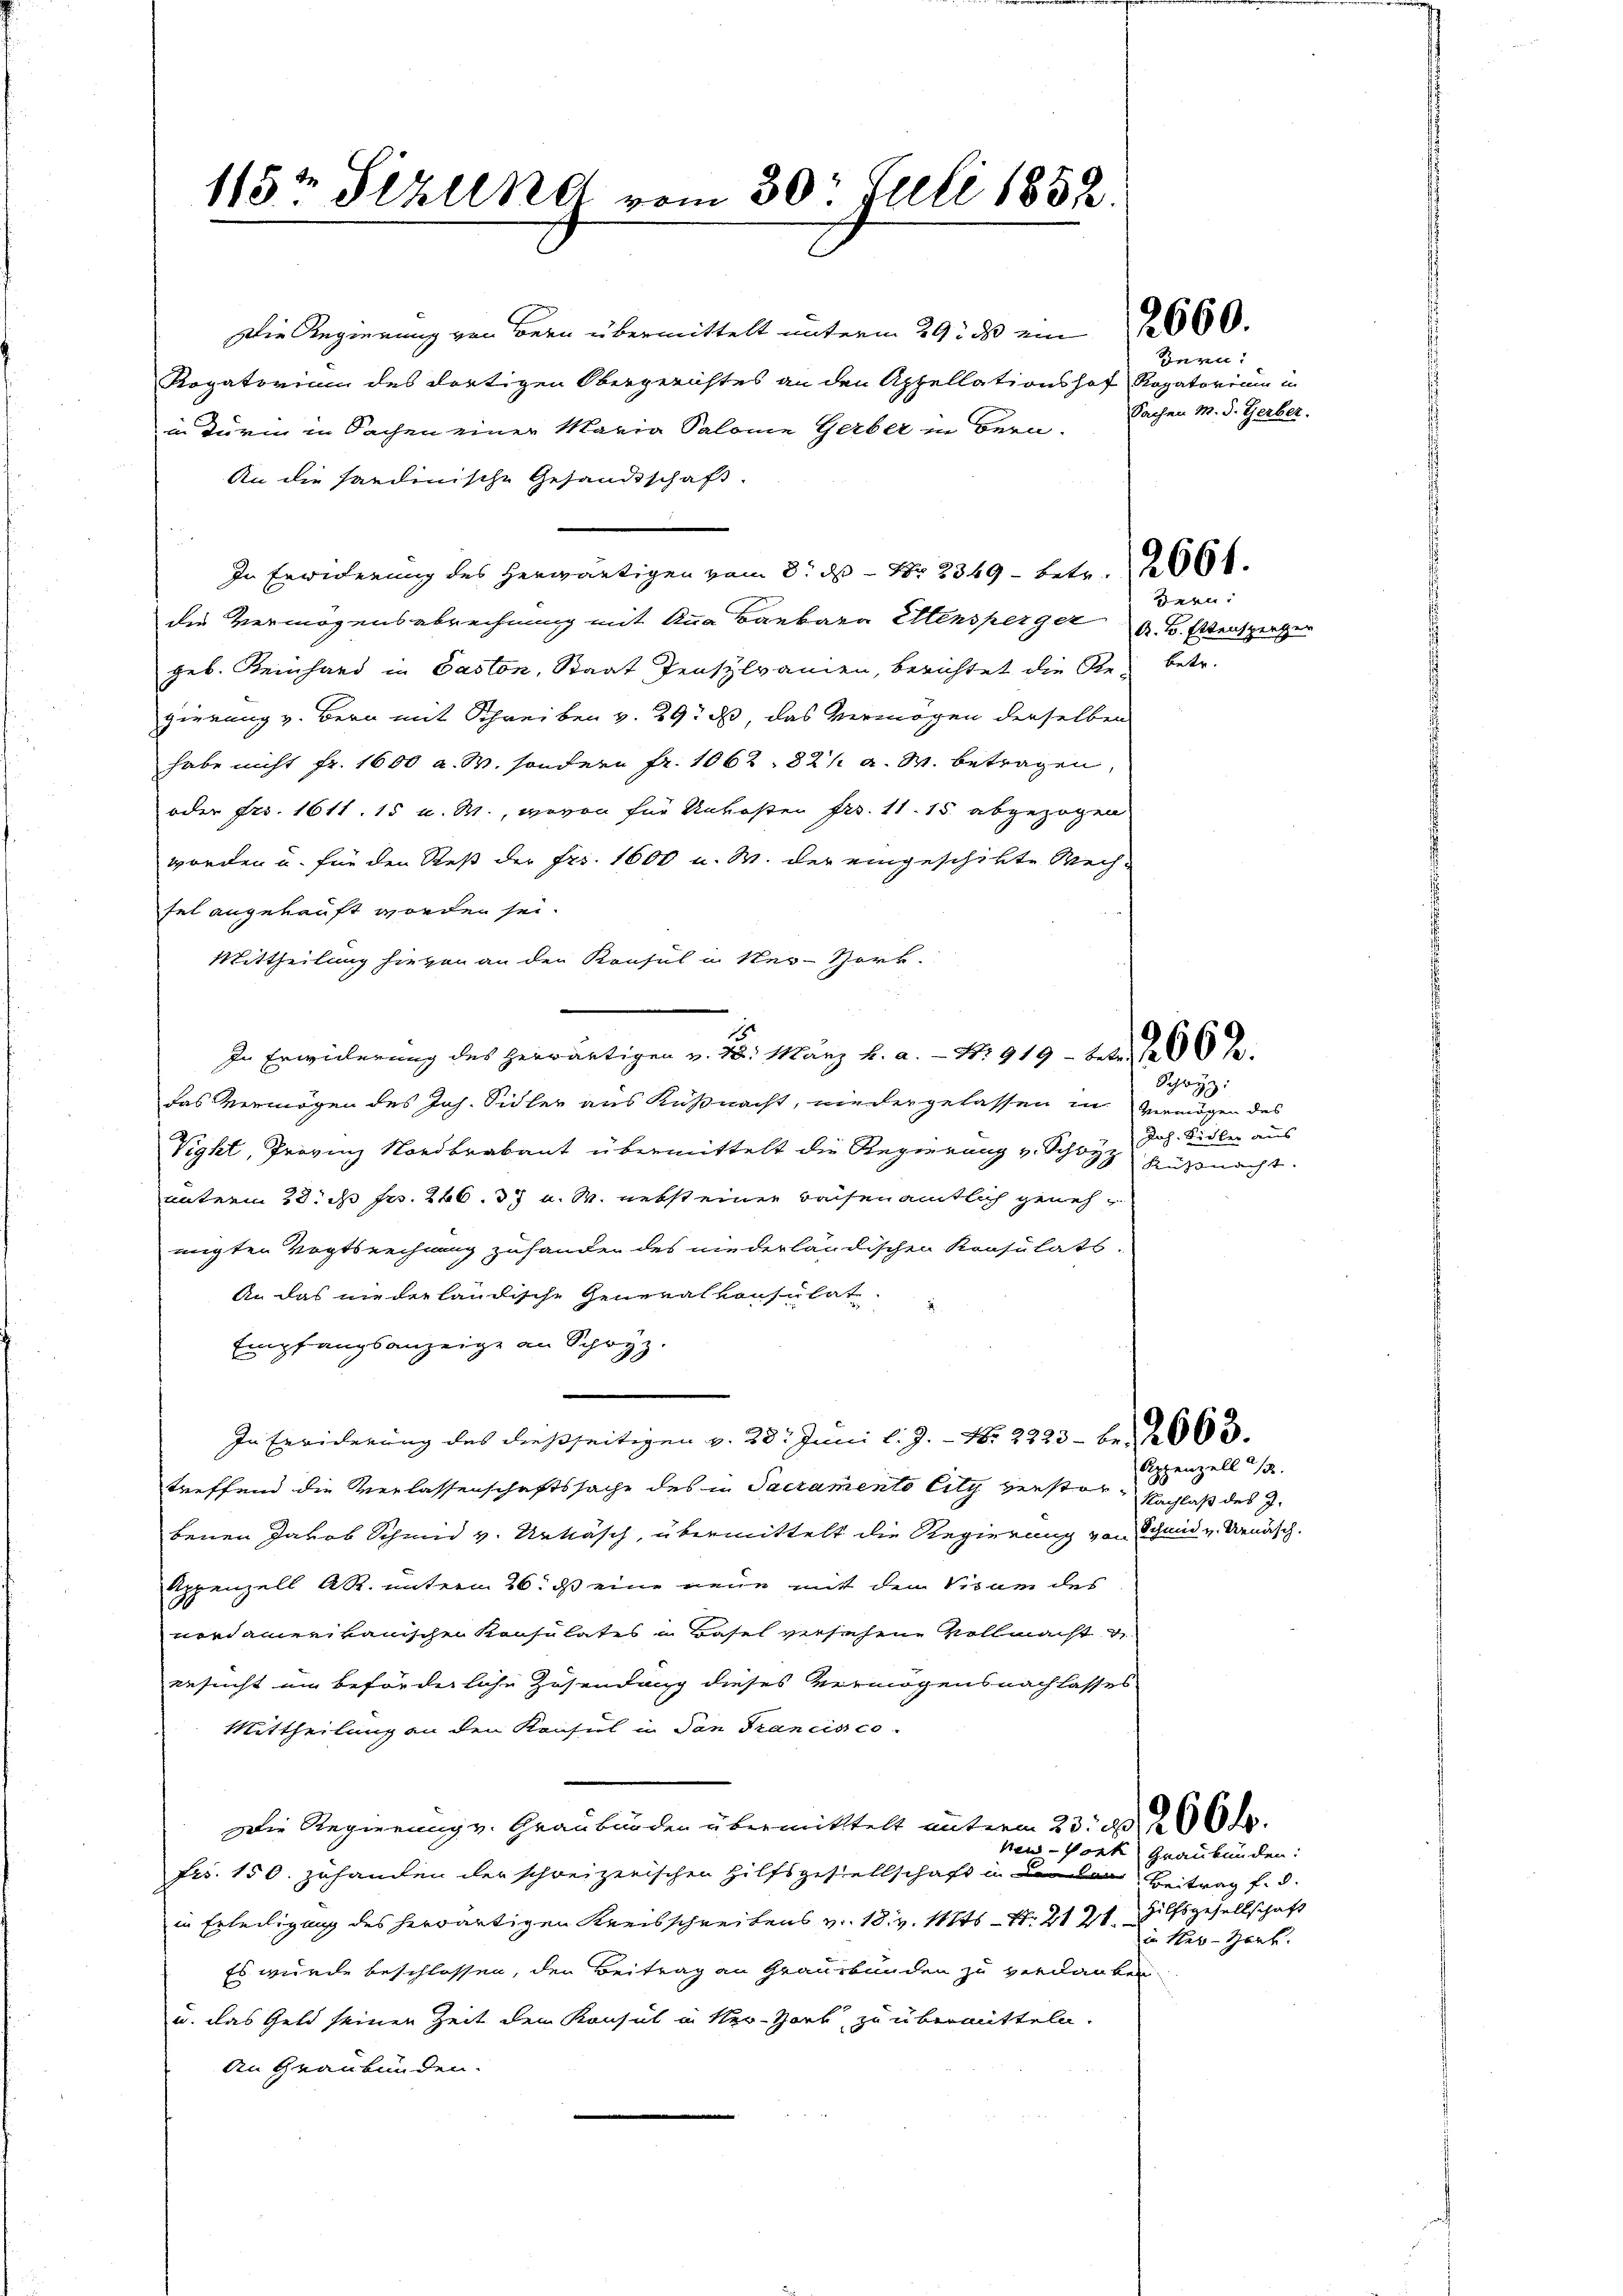
115t Sizlena vom 30t Juli 1858.

Die Regierung von Bern übermittelt unterm 29. ds ein 2000.
Rogatorium des dortigen Obergerichtes an den Appellationshof Rogatorium in
in Turm in Sachen einer Maria Salome Gerber in Bern.
An die Sardinische Gesandtschaft.
In Erwiderung des herwärtigen vom 3. ds Nr. 2349 - betr. 2000.
die Vermögensabrechnung mit Anna Barbara Mensperger
geb. Reinhard in Paston, Staat Jensylvanien, berichtet die Re¬ betr.
gierung v. Bern mit Schreiben v. 29. d, das Vermögen derselben
habe nicht fr. 1600 a. W. sondern Fr. 1062. 821 a. W. betragen,
oder Frs. 1611. 15 u. W., wovon für Unkosten Frs. 11. 15. abgezogen
worden u. für den Reß der Frs. 1600 u. W. der eingeschikte Wech-
fel angekauft worden sei.
Mittheilung hievon an den Konsul in Ner-Hork
In Erwiederung des herwärtigen v. 3. März v. a. — Nr. 919 - betr. 188 de
das Vermögen des Joh. Sidler aus Küßnacht, niedergelassen in Vermögen des
Vight, Provinz Nordbrabant übermittelt die Regierung v. Schwyz Jos. Sidler aus
unterm 20. ds Fr. 246. 37 u. M. nebst einer raisenamtlich genehmigten Vogtsrechnung zuhanden des niederländischen Konsulats.
An das niederländische Generalkonsulat
Empfangsanzeige an Schwyz.
In Erwiderung des dießseitigen v. 28. Juni l. J. N. 2223 - 6. d.
treffend die Verlassenschaftssache des in Sacramento lity verstorbenen Jakob Schmid v. Urkasch, übermittelt die Regierung von Schmid v. Benasch.
Appenzell A.R. unterm 26. ds eine neue mit dem Visum des
nordamerikanischen Konsulates in Basel versehene Vollmacht v
ersucht um beförderliche Zusendung dieses Vermögensnachlasses
Mittheilung an den Konsul in San Francisco
Die Regierung v. Graubünden übermittelt unterm 23. d. 200.
ventorte
Frs. 150. zuhanden der schweizerischen Hilfsgesellschaft in den Beitrag f. d.
in Erteiligung des herwärtigen Kreisschreibens v. 18. v. Mts. S. 21 21. Hilfsgesellschaft
Es wurde beschlossen, den Beitrag an Graubünden zu verdanken
u. das Geld seinen Zeit dem Konsul in Ner-Hork zu übermitteln.
An Graubünden.

ern.
Sachen M. d. Gerber.

sern.
A. B. Ettensperger

Schwyz:
Küssnacht.

Appenzell 18
Nachlaß des J.

Graubünden:
in Her-Hart.